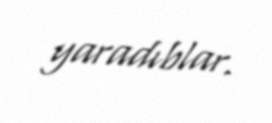
yaradıblar.